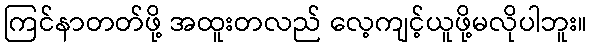
ကြင်နာတတ်ဖို့ အထူးတလည် လေ့ကျင့်ယူဖို့မလိုပါဘူး။